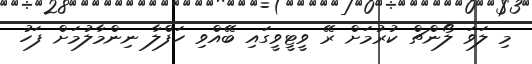
މި ލަވަ ލޯންޗް ކުރުމަށް ރޭ ވީޓީވީގައި ބޭއްވި ހަފްލާ ނިންމާލުމަށް ފަހު